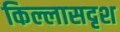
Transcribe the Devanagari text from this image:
किल्लासदृश